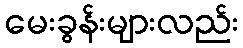
မေးခွန်းများလည်း